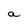
Character: a